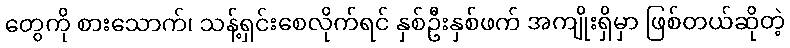
တွေကို စားသောက်၊ သန့်ရှင်းစေလိုက်ရင် နှစ်ဦးနှစ်ဖက် အကျိုးရှိမှာ ဖြစ်တယ်ဆိုတဲ့